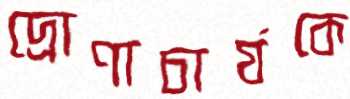
দ্রোণাচার্যকে